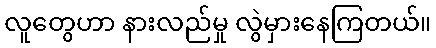
လူတွေဟာ နားလည်မှု လွဲမှားနေကြတယ်။